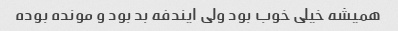
همیشه خیلی خوب بود ولی ایندفه بد بود و مونده بوده